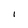
Character: I